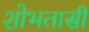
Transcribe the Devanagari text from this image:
शोभतासी